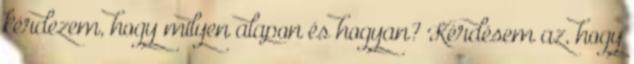
kérdezem, hogy milyen alapon és hogyan? Kérdésem az, hogy